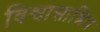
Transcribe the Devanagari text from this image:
विश्वासाश्रित